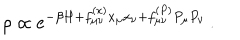
\rho \propto e ^ { - \beta H + f _ { \mu \nu } ^ { ( x ) } x _ { \mu } x _ { \nu } + f _ { \mu \nu } ^ { ( P ) } P _ { \mu } P _ { \nu } } \, .